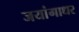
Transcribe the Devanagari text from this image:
जयांगाधर